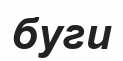
буги